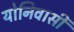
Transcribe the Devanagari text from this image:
योनिवासी